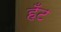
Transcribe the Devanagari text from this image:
हँट